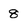
Character: 8